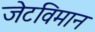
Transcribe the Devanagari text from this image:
जेटविमान